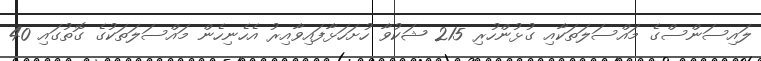
ލައިސަންސްގެ މައްސަލަތަކާއި ގުޅުންހުރި 215 ޝަކުވާ ހުށަހަޅާފައިވާއިރު އެހެނިހެން މައްސަލަތަކުގެ ގޮތުގައި 40